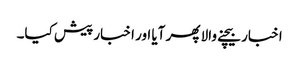
اخبار بیچنے والا پھر آیا اور اخبار پیش کیا۔